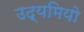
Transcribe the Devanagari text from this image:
उद्यमियो